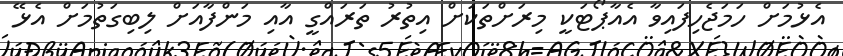
އެޅުމަށް ހަމަޖެހިފައިވާ އެއާޕޯޓަކީ މިރަށްތަކަށް އިތުރު ތަރައްގީ އާއި މަންފާއަށް ލިބިގަތުމަށް އެޅޭ